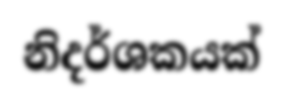
නිදර්ශකයක්